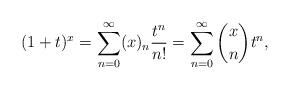
LaTeX: \begin{align*}(1+t)^x = \sum_{n=0}^\infty (x)_n \frac{t^n}{n!} = \sum_{n=0}^\infty \binom{x}{n} t^n,\end{align*}